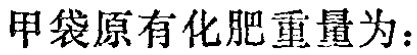
甲袋原有化肥重量为：